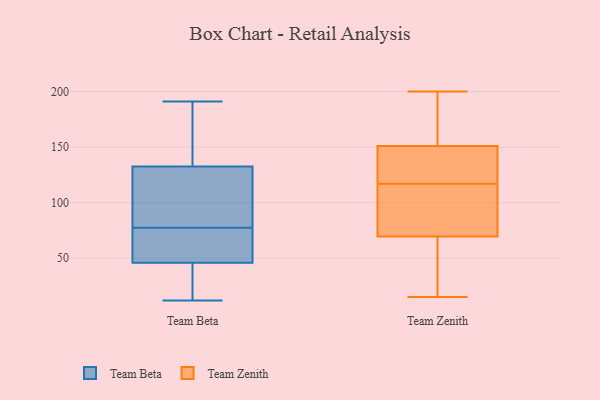
{"axis": {"x": "Production Output", "y": "Value"}, "legend": ["Team Beta", "Team Zenith"], "data": [{"x": "", "y": 107, "type": "Team Beta"}, {"x": "", "y": 100, "type": "Team Beta"}, {"x": "", "y": 52, "type": "Team Beta"}, {"x": "", "y": 57, "type": "Team Beta"}, {"x": "", "y": 51, "type": "Team Beta"}, {"x": "", "y": 127, "type": "Team Beta"}, {"x": "", "y": 119, "type": "Team Beta"}, {"x": "", "y": 153, "type": "Team Beta"}, {"x": "", "y": 25, "type": "Team Beta"}, {"x": "", "y": 53, "type": "Team Beta"}, {"x": "", "y": 87, "type": "Team Beta"}, {"x": "", "y": 35, "type": "Team Beta"}, {"x": "", "y": 177, "type": "Team Beta"}, {"x": "", "y": 41, "type": "Team Beta"}, {"x": "", "y": 138, "type": "Team Beta"}, {"x": "", "y": 158, "type": "Team Beta"}, {"x": "", "y": 12, "type": "Team Beta"}, {"x": "", "y": 191, "type": "Team Beta"}, {"x": "", "y": 21, "type": "Team Beta"}, {"x": "", "y": 68, "type": "Team Beta"}, {"x": "", "y": 83, "type": "Team Zenith"}, {"x": "", "y": 21, "type": "Team Zenith"}, {"x": "", "y": 173, "type": "Team Zenith"}, {"x": "", "y": 149, "type": "Team Zenith"}, {"x": "", "y": 32, "type": "Team Zenith"}, {"x": "", "y": 200, "type": "Team Zenith"}, {"x": "", "y": 15, "type": "Team Zenith"}, {"x": "", "y": 117, "type": "Team Zenith"}, {"x": "", "y": 131, "type": "Team Zenith"}, {"x": "", "y": 103, "type": "Team Zenith"}, {"x": "", "y": 145, "type": "Team Zenith"}, {"x": "", "y": 82, "type": "Team Zenith"}, {"x": "", "y": 157, "type": "Team Zenith"}]}